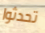
تحدثوا